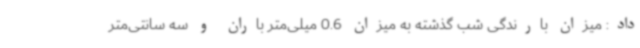
داد: میزان بارندگی شب گذشته به میزان 0.6 میلی‌متر باران و سه سانتی‌متر